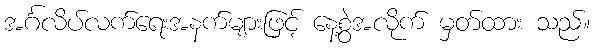
အင်္ဂလိပ်လက်ရေးအနက်များဖြင့် နေ့စွဲအလိုက် မှတ်ထား သည်။